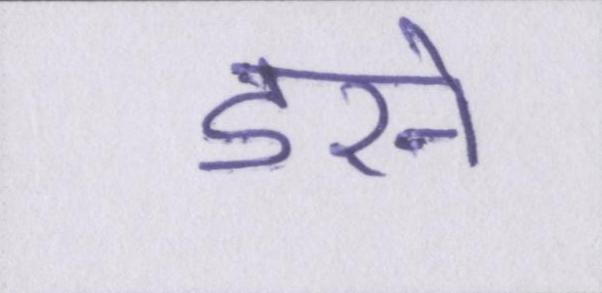
डरने